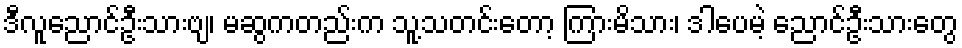
ဒီလူညောင်ဦးသားဗျ၊ မဆွကတည်းက သူ့သတင်းတော့ ကြားမိသား၊ ဒါပေမဲ့ ညောင်ဦးသားတွေ